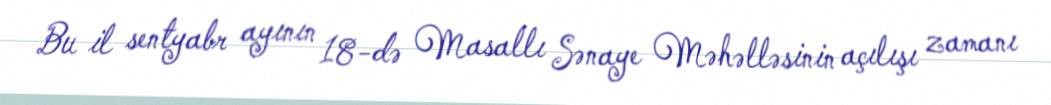
Bu il sentyabr ayının 18-də Masallı Sənaye Məhəlləsinin açılışı zamanı